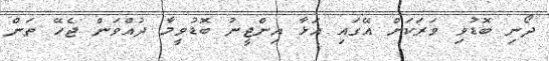
ދޯނި ބޮޑުވި ވަރަކަށް އޭގައި އަޅާ އިންޖީނު ބޮޑުވީމާ ދުއްވަން ޖެހޭ ތަން